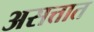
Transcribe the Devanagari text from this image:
असत्तात